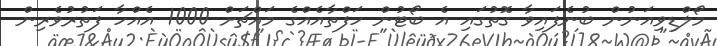
މޯލްޑިވިއަނުން ބުނެފައިވާ ގޮތުގައި އެ ބޯޓުން ހަފްތާއެއްގެ މައްޗަށް 1000 އެއްހާ ފަތުރުވެރިން